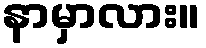
နာမှာလား။